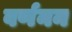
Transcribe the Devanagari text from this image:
वर्णनन